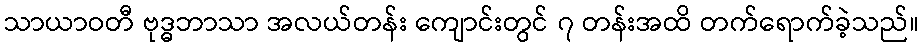
သာယာဝတီ ဗုဒ္ဓဘာသာ အလယ်တန်း ကျောင်းတွင် ၇ တန်းအထိ တက်ရောက်ခဲ့သည်။